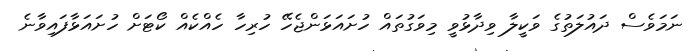
ނަމަވެސް ދައުލަތުގެ ވަކީލާ ވިދާޅުވީ މިވަގުތައް ހުށައަޅަންޖެހޭ ހުރިހާ ހެއްކެއް ކޯޓަށް ހުށައަޅާފައިވާނެ